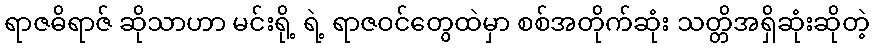
ရာဇဓိရာဇ် ဆိုသာဟာ မင်းရို့ ရဲ့ ရာဇဝင်တွေထဲမှာ စစ်အတိုက်ဆုံး သတ္တိအရှိဆုံးဆိုတဲ့